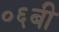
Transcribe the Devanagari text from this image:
०६बी